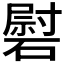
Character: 𰧠